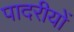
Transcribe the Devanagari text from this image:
पादरीयों